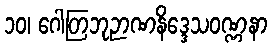
၁၀၊ ဂေါတြဘုဉာဏနိဒ္ဒေသဝဏ္ဏနာ